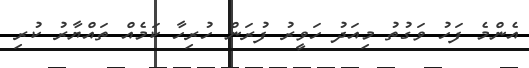
އެންމެ ފަހު ވަގުތު މިއަދު ހަވީރު ފުރަން ހުރިހާ ކަމެއް ތައްޔާރު ކުރި